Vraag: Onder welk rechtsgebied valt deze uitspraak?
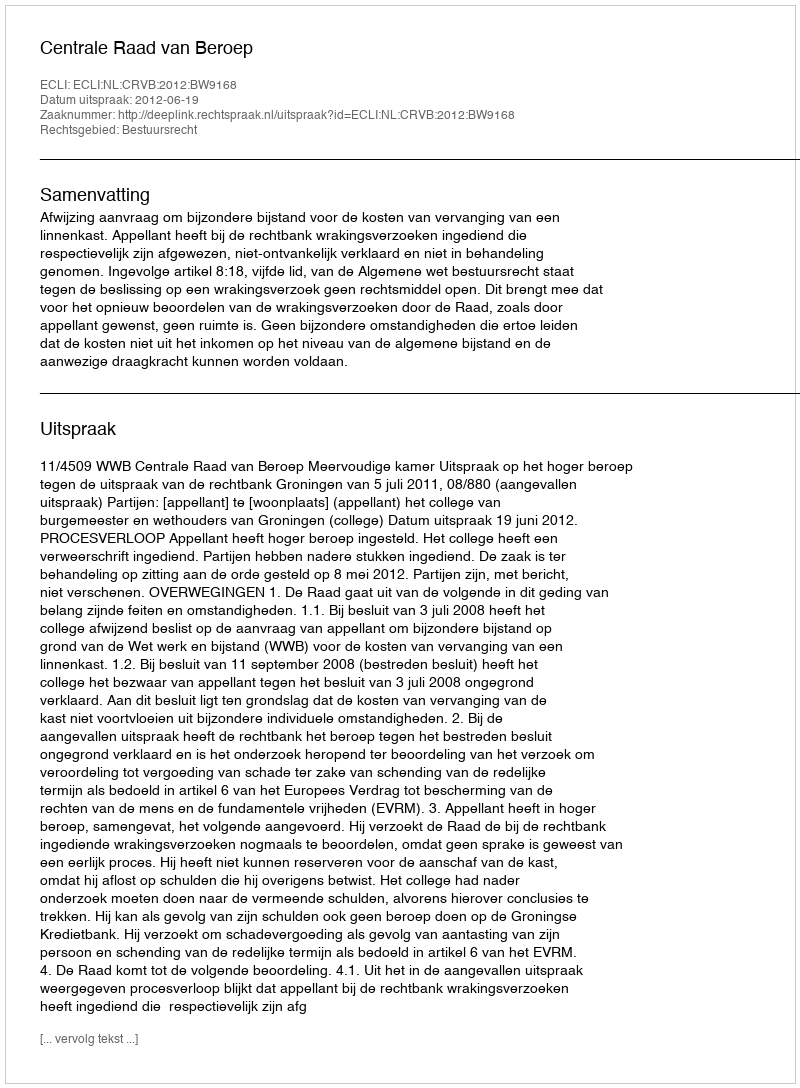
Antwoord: Bestuursrecht